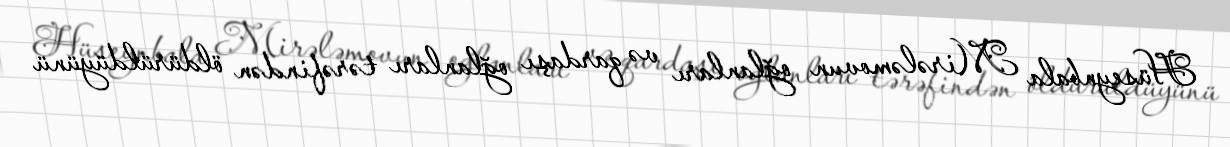
Hüseynbala Mirələmovun oğlanları və qardaşı oğlanları tərəfindən öldürüldüyünü